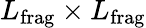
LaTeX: {L}_{\mathrm{frag}}\times{L}_{\mathrm{frag}}